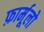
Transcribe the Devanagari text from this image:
फ़ार्मूलो